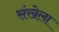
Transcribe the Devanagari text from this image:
संखेला